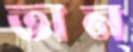
তান